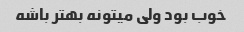
خوب بود ولی میتونه بهتر باشه